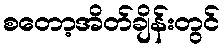
စတော့အိတ်ချိန်းတွင်